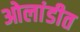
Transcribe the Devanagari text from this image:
ओलांडीत